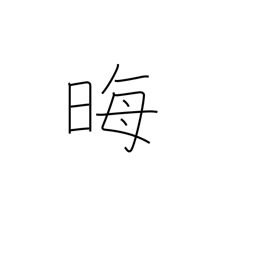
Meaning: disappear